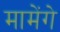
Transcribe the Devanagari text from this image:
मामेंगे